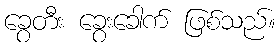
ခွေတီး ခွေးခေါက် ဖြစ်သည်။